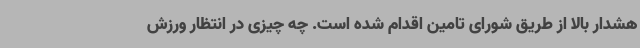
هشدار بالا از طریق شورای تامین اقدام شده است. چه چیزی در انتظار ورزش